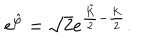
e ^ { \hat { \varphi } } = \sqrt { 2 } e ^ { \frac { \tilde { K } } { 2 } - \frac { K } { 2 } } .